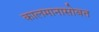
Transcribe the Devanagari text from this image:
कालमानासोबत